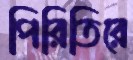
পিরিতিরে